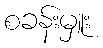
စခန်းမှူး